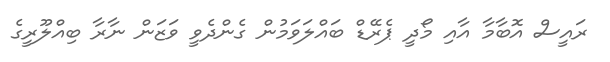
ރައީސް އޮބާމާ އާއި މޯދީ ޕެރޭޑް ބައްލަވަމުން ގެންދެވީ ވަޒަން ނާރާ ބިއްލޫރީގެ